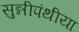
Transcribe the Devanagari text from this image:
सुन्नीपंथीया